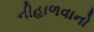
નીહાળવાનો